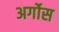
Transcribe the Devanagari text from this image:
अर्गोस